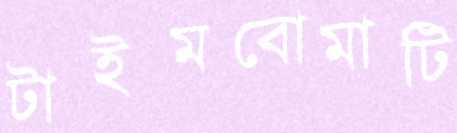
টাইমবোমাটি